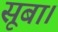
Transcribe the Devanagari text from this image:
सूबा।